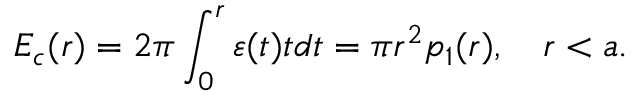
E _ { c } ( r ) = 2 \pi \int _ { 0 } ^ { r } { \varepsilon ( t ) t d t } = \pi r ^ { 2 } p _ { 1 } ( r ) , \quad r < a .